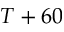
T + 6 0